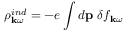
\rho _ { { \bf k } \omega } ^ { i n d } = - e \int d { \bf p } \ \delta f _ { { \bf k } \omega }